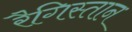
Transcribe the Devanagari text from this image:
रैगिस्तान